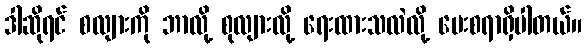
ဒါဆိုရင် စလျားကို ဘာလို့ စုလျားလို့ ရေးထားသလဲလို့ မေးစရာရှိပါတယ်။